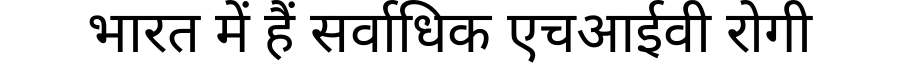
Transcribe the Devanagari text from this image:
भारत में हैं सर्वाधिक एचआईवी रोगी